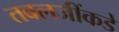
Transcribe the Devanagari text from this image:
तबलजींकडे